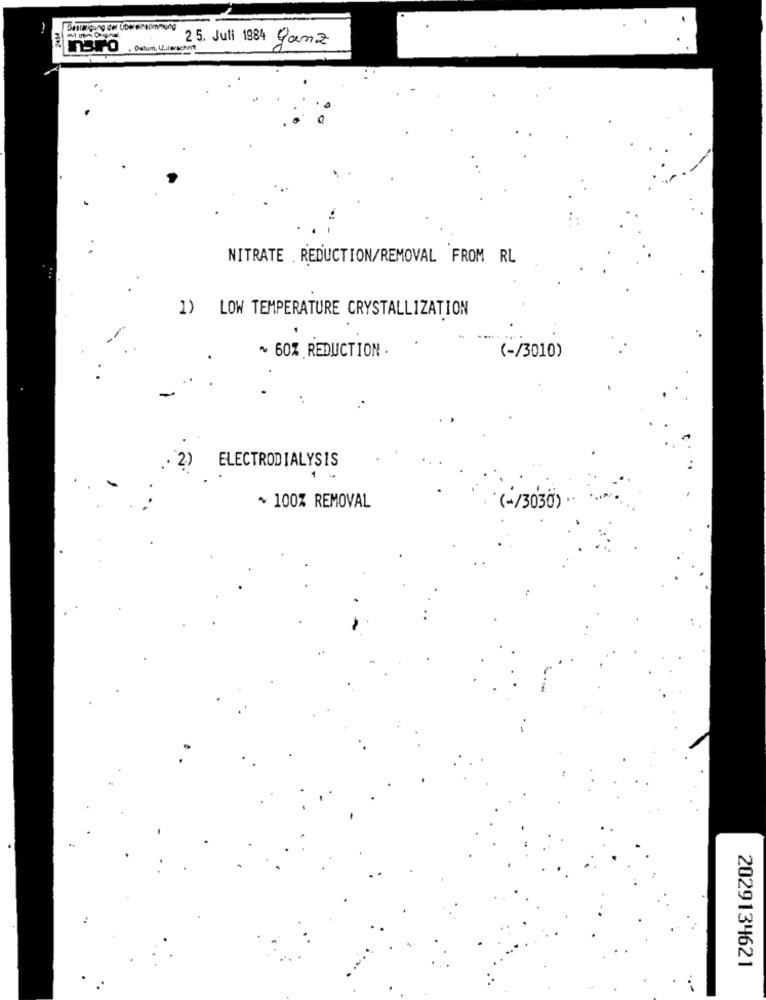
. Detum, Uu
25. Juli 1984 Ganz
NITRATE . REDUCTION/REMOVAL FROM RL
1) LOW TEMPERATURE CRYSTALLIZATION
~ 60% REDUCTION .
(-/3010)
ELECTRODIALYSIS
1
~ 100% REMOVAL
(+/3030)
2029134621